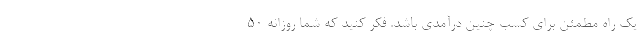
یک راه مطمئن برای کسب چنین درآمدی باشد. فکر کنید که شما روزانه 50